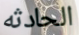
الحادثه